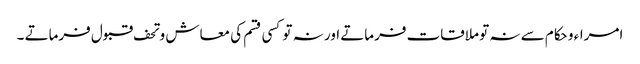
امراء و حکام سے نہ تو ملاقات فرماتے اور نہ تو کسی قسم کی معاش و تحف قبول فرماتے ۔